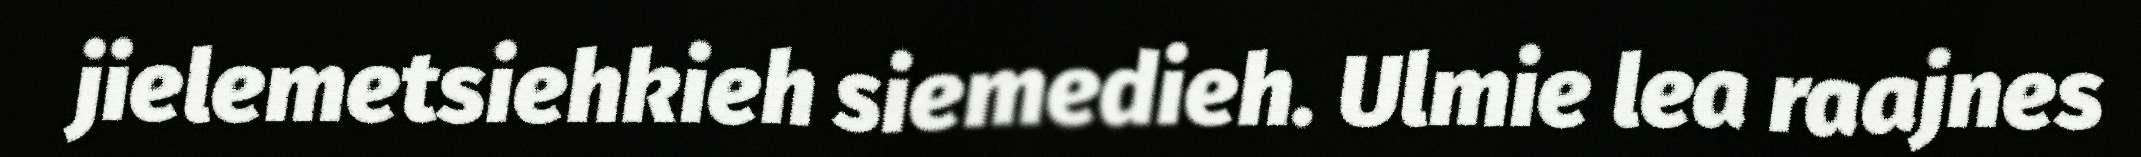
jielemetsiehkieh siemedieh. Ulmie lea raajnes